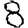
Digit: 8